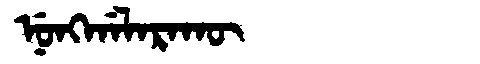
Manchu: ᠨᡠᠩᡤᠠᠯᠠᡵᠠᡴᡡ
Romanization: NUNGGALARAKŪ